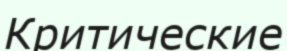
Критические